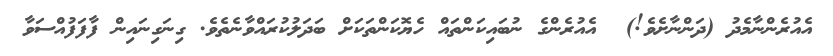
އެއުރެންނާމެދު (ދަންނާށެވެ!)  އެއުރެންގެ ނުބައިކަންތައް ހެޔޮކަންތަކަށް ބަދަލުކުރައްވާނެތެވެ. ގިނަގިނައިން ފާފަފުއްސަވާ